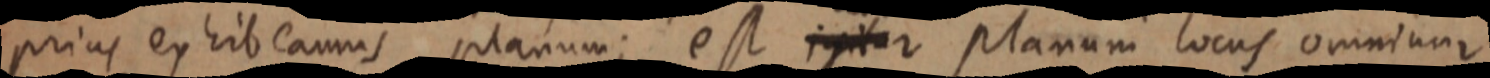
prius exhibeamus planum; est igitur planum locus omnium